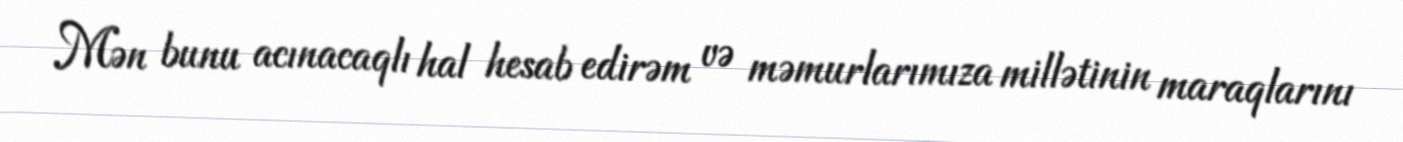
Mən bunu acınacaqlı hal hesab edirəm və məmurlarımıza millətinin maraqlarını